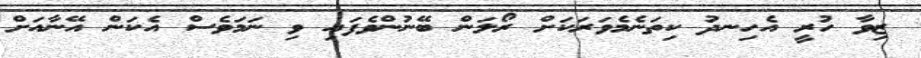
ޒިވާ ހުރީ އެހިނދު ކިތަނެމެވަރަކަށް ރޯލަން ބޭނުންވެފައި ވި ނަމަވެސް އެކަން އޭނާއަށް